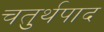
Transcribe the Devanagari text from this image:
चतुर्थपाद